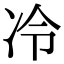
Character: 冷